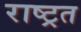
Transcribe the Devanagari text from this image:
राष्ट्रत